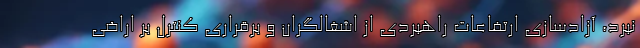
نبرد، آزادسازی ارتفاعات راهبردی از اشغالگران و برقراری کنترل بر اراضی